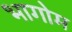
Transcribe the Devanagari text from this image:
भागोम